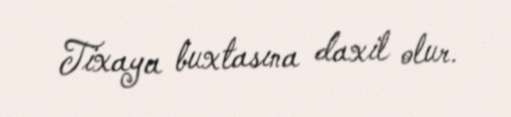
Tixaya buxtasına daxil olur.